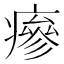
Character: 瘮